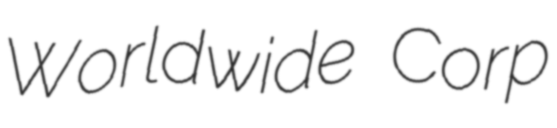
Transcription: Worldwide Corp